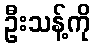
ဦးသန့်ကို